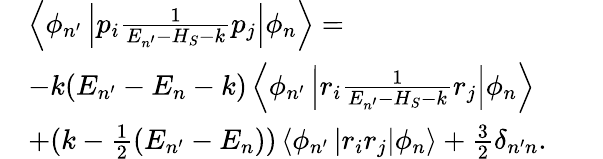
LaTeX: \begin{array}{rl}&{\left\langle\phi_{n^{\prime}}\left|p_{i}\frac{1}{E_{n^{\prime}}-H_{S}-k}p_{j}\right|\phi_{n}\right\rangle=}\\ &{-k(E_{n^{\prime}}-E_{n}-k)\left\langle\phi_{n^{\prime}}\left|r_{i}\frac{1}{E_{n^{\prime}}-H_{S}-k}r_{j}\right|\phi_{n}\right\rangle\qquad}\\ &{+(k-\frac{1}{2}(E_{n^{\prime}}-E_{n}))\left\langle\phi_{n^{\prime}}\left|r_{i}r_{j}\right|\phi_{n}\right\rangle+\frac{3}{2}\delta_{n^{\prime}n}.\qquad}\end{array}